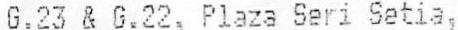
G.23 & G.22, PLAZA SERI SETIA,